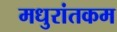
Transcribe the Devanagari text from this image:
मधुरांतकम